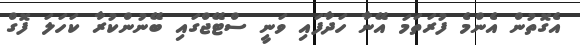
އެގޮތުން އެންމެ ފުރަތަމަ އޭނާ ހަދާފައި ވަނީ ސްޓޭޖްގައި ބޭނުންކުރާ ކަހަލަ ފޮގް